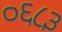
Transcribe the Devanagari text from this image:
०६८३